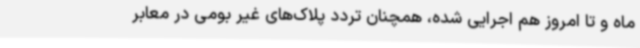
ماه و تا امروز هم اجرایی شده، همچنان تردد پلاک‌های غیر بومی در معابر